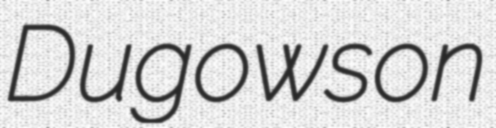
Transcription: Dugowson